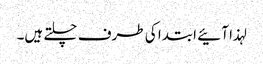
لہذا آئیے ابتدا کی طرف چلتے ہیں۔